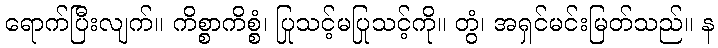
ရောက်ပြီးလျက်။ ကိစ္စာကိစ္စံ၊ ပြုသင့်မပြုသင့်ကို။ တွံ၊ အရှင်မင်းမြတ်သည်။ န